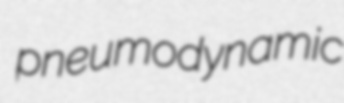
pneumodynamic